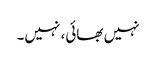
نہیں بھائی، نہیں۔